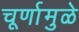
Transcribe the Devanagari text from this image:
चूर्णामुळे